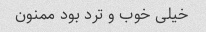
خیلی خوب و ترد بود ممنون